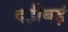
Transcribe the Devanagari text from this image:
दहीबड़े